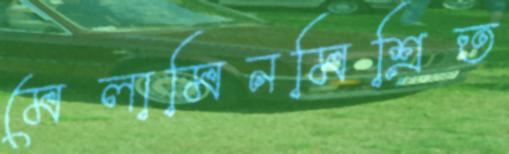
মেলামিনমিশ্রিত